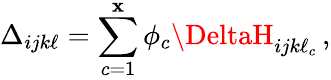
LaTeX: \Delta_{ijk\ell}=\sum_{c=1}^{\mathbf{x}}\phi_{c}\DeltaH_{ijk\ell_{c}}\, ,